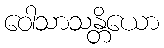
ဝေါသာသန္တိယော